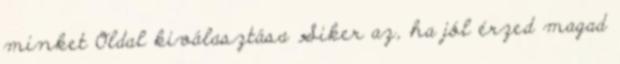
minket Oldal kiválasztása Siker az, ha jól érzed magad